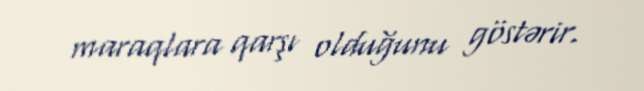
maraqlara qarşı olduğunu göstərir.